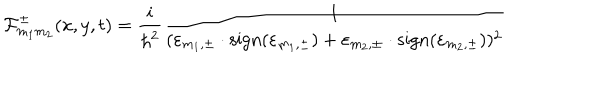
LaTeX: { \cal F } _ { m _ { 1 } m _ { 2 } } ^ { \pm } ( x , y , t ) = \frac { i } { { \hbar } ^ { 2 } } \frac { 1 } { ( { \varepsilon } _ { m _ { 1 } , \pm } \cdot \mathrm { s i g n } ( { \varepsilon } _ { m _ { 1 } , \pm } ) + { \varepsilon } _ { m _ { 2 } , \pm } \cdot \mathrm { s i g n } ( { \varepsilon } _ { m _ { 2 } , \pm } ) ) ^ { 2 } }